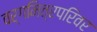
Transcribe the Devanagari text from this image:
वर्गमित्रपरिवर